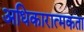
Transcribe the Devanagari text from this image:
अधिकारात्मकता